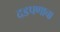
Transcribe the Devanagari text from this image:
दडपणाचा